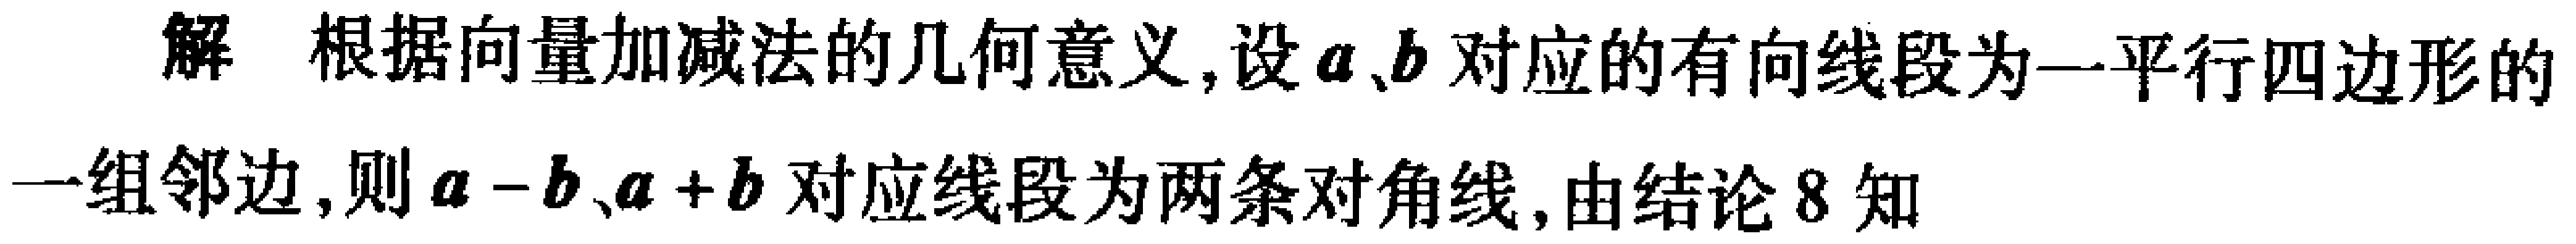
解 根据向量加减法的几何意义,设\(\boldsymbol{a}、\boldsymbol{b}\)对应的有向线段为一平行四边形的一组邻边,则\(\boldsymbol{a}-\boldsymbol{b}、\boldsymbol{a}+\boldsymbol{b}\)对应线段为两条对角线,由结论8知